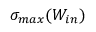
\sigma _ { m a x } ( W _ { i n } )